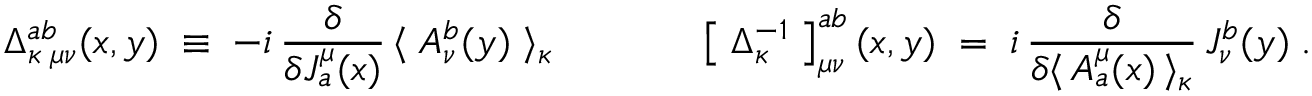
\Delta _ { \kappa \; \mu \nu } ^ { a b } ( x , y ) \; \equiv \; - i \, \frac { \delta } { \delta { \cal J } _ { a } ^ { \mu } ( x ) } \, \langle \; { \cal A } _ { \nu } ^ { b } ( y ) \; \rangle _ { \kappa } \; \; \; \; \; \; \; \; \; \; \; \; \; \left[ \; \Delta _ { \kappa } ^ { - 1 } \; \right] _ { \mu \nu } ^ { a b } ( x , y ) \; = \; i \, \frac { \delta } { \delta \langle \, { \cal A } _ { a } ^ { \mu } ( x ) \, \rangle _ { \kappa } } \, { \cal J } _ { \nu } ^ { b } ( y ) \; .